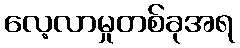
လေ့လာမှုတစ်ခုအရ